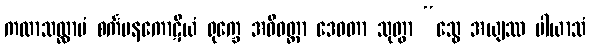
ကထာသလ္လာပံ စင်္ကမနကောဋိယံ ရုက္ခေ အဓိဝတ္ထာ ဒေဝတာ သုတွာ “သွေ အယျဿ ပါယာသံ